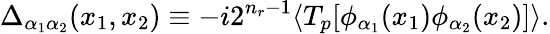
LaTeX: \Delta_{\alpha_{1}\alpha_{2}}(x_{1},x_{2})\equiv-i2^{n_{r}-1}\langle T_{p}[\phi_{\alpha_{1}}(x_{1})\phi_{\alpha_{2}}(x_{2})]\rangle.